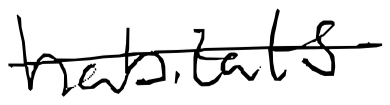
Text: habitats
Cross-out: single-line
Writing tool: digital_black